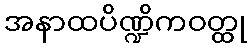
အနာထပိဏ္ဍိကဝတ္ထု